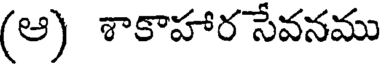
(ఆ) శాకాహార సేవనము